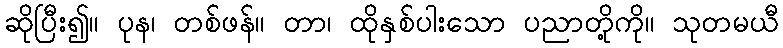
ဆိုပြီး၍။ ပုန၊ တစ်ဖန်။ တာ၊ ထိုနှစ်ပါးသော ပညာတို့ကို။ သုတမယီ